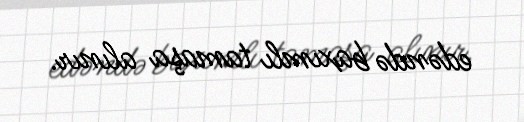
edəndə baxımlı tamaşa alınır.